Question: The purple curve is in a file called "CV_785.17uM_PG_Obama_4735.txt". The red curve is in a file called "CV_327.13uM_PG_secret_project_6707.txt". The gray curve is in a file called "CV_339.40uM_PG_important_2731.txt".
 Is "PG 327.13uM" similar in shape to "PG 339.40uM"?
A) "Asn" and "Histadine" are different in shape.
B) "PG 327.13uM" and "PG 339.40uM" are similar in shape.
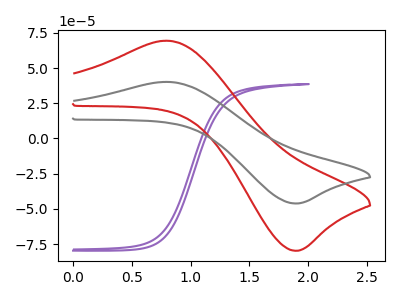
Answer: <think>The purple curve "PG 785.17uM" has no peaks. The red curve "PG 327.13uM" has an anodic peak at (0.80V, 69.45uA) and a cathodic peak at (1.90V, -79.70uA). The gray curve "PG 339.40uM" has an anodic peak at (0.80V, 40.20uA) and a cathodic peak at (1.90V, -46.10uA).
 All the peaks in "PG 327.13uM" have a peak in "PG 339.40uM" at the same potential. Every peak in "PG 327.13uM" is higher than every peak in "PG 339.40uM".</think>
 <answer>B) "PG 327.13uM" and "PG 339.40uM" are similar in shape.</answer>
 <eval>B</eval>